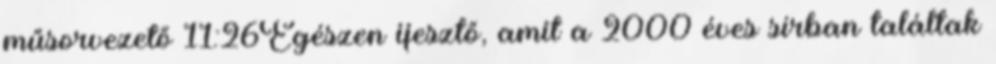
műsorvezető 11:26Egészen ijesztő, amit a 2000 éves sírban találtak